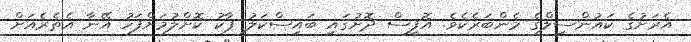
އެރަށުގެ ކައުންސިލްގެ މެންބަރެކެވެ. އޮފީސް ދޮށުގައި ބައިސްކަލު ޕާކު ކޮށްލުމަށްފަހު އޭނާ އެތެރެއަށް